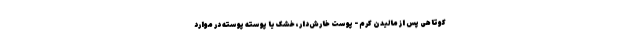
کوتاهی پس از مالیدن کرم - پوست خارش‌دار، خشک یا پوسته پوسته در موارد